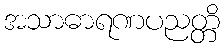
အသာဓာရဏပညတ္တိ